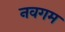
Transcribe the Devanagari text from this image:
नवगम